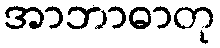
အာဘာဓာတု